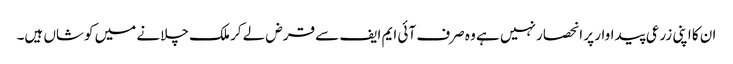
ان کا اپنی زرعی پیداوار پر انحصار نہیں ہے وہ صرف آئی ایم ایف سے قرض لے کر ملک چلانے میں کوشاں ہیں۔